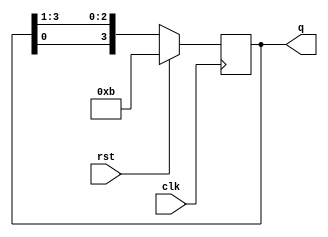
module ringcounter (q,clk,rst);
  input clk,rst;
  output reg [3:0] q;
  always @(posedge clk)
  begin
    if(rst)
      q <= 4'b 1011;
    else
    q <={q[0],q[3:1]};
    end
endmodule